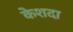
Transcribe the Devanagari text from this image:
केशदा